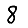
Digit: 8